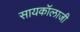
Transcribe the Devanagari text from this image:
सायकॉलाजी